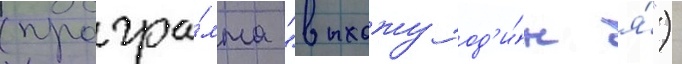
(програ́мма "выхожу од'и́н я́")